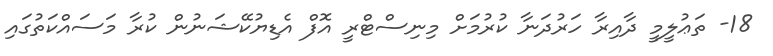
18- ތަޢުލީމީ ދާއިރާ ހަރުދަނާ ކުރުމަށް މިނިސްޓްރީ އޮފް އެޑިޔުކޭޝަނުން ކުރާ މަސައްކަތުގައި